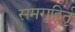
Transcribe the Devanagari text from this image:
समगृहिर्तृ